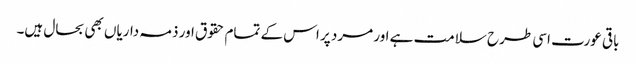
باقی عورت اسی طرح سلامت ہے اور مرد پر اس کے تمام حقوق اور ذمہ داریاں بھی بحال ہیں۔